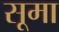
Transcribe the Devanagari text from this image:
सूमा